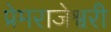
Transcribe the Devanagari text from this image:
प्रेमराजेश्वरी